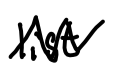
Text: list
Cross-out: zig-zag
Writing tool: digital_black